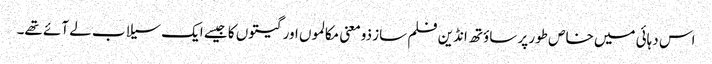
اس دہائی میں خاص طور پر ساؤتھ انڈین فلم ساز ذومعنی مکالموں اور گیتوں کا جیسے ایک سیلاب لے آئے تھے۔